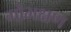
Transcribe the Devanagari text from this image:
गोभक्षण